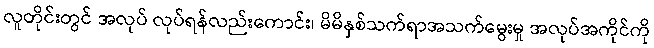
လူတိုင်းတွင် အလုပ် လုပ်ရန်လည်းကောင်း၊ မိမိနှစ်သက်ရာအသက်မွေးမှု အလုပ်အကိုင်ကို